Report on vaccination in Madras 1922-1929 - 1922-1929
Year: 1922
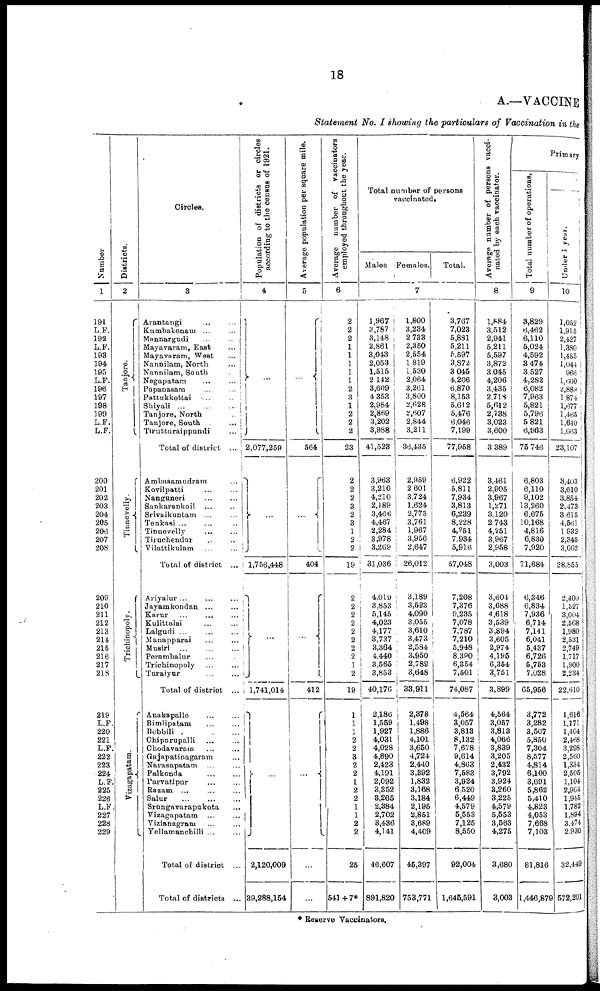
18
A.—VACCINE
Statement No. I showing the particulars of Vaccination in the
Number
1
191
L.F.
192
L.P.
193
194
195
L.F.
196
197
198
199
L.F.
L.F.
200
201
202
203
204
205
206
207
208
209
210
211
212
213
214
215
216
217
218
219
L.F.
220
221
L.F.
222
223
224
L.F.
225
226
L.F.
227
228
229
Districts.
2
Tanjore.
Tinnevelly.
Trichinopoly.
Vizagapatam.
Circles.
3
Arantangi … …
Kumbakonam ... …
Mannargudi … …
Mayavaram, East …
Mayavaram, West …
Nannilam, North
...
Nannilam, South
…
Negapatam
...
...
Papanasam
...
...
Pattukkottai … …
Shiyali ...
…
…
Tanjore, North …
Tanjore, South
...
Tirutturaippundi
...
Total of district ...
Ambasamudram …
Kovilpatti
…
…
Nanguneri
…
…
Sankarankoil … …
Srivaikuntam ...
...
Tenkasi
…
…
…
Tinnevelly
…
…
Tiruchendur … …
Vilattikulam
...
...
Total of district ...
Ariyalur ...
…
…
Jayamkondan ... …
Karur … … …
Kulittalai … …
Lalgudi ... … …
Manapparai … …
Musiri … … …
Perambalur … …
Trichinopoly
…
…
Turaiyur … …
Total of district ...
Anakapalle … …
Bimlipatam … …
Bobbili … …
Chipurupalli ... …
Chodavaram
…
…
Gajapatinagaram …
Narasapatam ... …
Palkonda
…
…
Parvatipur
…
…
Razam ... … …
Salur
…
…
…
Srungavarapukota …
Vizagapatam … …
Vizianagram … …
Yellamanchilli … …
Total of district ...
Total of districts ...
Population of districts or circles
according to the census of 1921.
4
…
2,077,259
...
1,756,448
…
1,741,014
...
2,120,009
39,288,154
Average population per square mile.
5
…
564
…
404
…
412
...
…
...
Average number of vaccinators
employed throughout the year.
6
2
2
2
1
1
1
1
1
2
3
1
2
2
2
23
2
2
2
3
2
3
1
2
2
19
2
2
2
2
2
2
2
2
1
2
19
1
1
1
2
2
3
2
2
1
2
2
1
1
2
2
25
541+7*
Total number of persons
vaccinated.
Males Females.
Total.
7
1,967
3,787
3,148
2,861
3,043
2,053
1,515
2 142
3,609
4 353
2,984
2,869
3,202
3,988
41,523
3,963
3,210
4,210
2,189
3,466
4,467
2,284
3,978
3,269
31,036
4,019
3,853
5,145
4,023
4,177
3,737
3,364
4,440
3,565
3,853
40,176
2,186
1,559
1,927
4,031
4,028
4,890
2,423
4,191
2,092
3,352
3,265
2,384
2,702
3,436
4,141
46,607
891,820
1,800
3,234
2 733
2,350
2,554
1,819
1,530
2,064
3,261
3,800
2,628
2,607
2,844
3,211
36,435
2,959
2,601
3,724
1,624
2,773
3,761
1,967
3,956
2,647
26,012
3,189
3,523
4,090
3,055
3,610
3,473
2,584
3,950
2,789
3,648
33,911
2,378
1,498
1,886
4,101
3,650
4,724
2,440
3,392
1,832
3,168
3,184
2,195
2,851
3,689
4,409
45,397
753,771
3,767
7,023
5,881
5,211
5,597
3,872
3,045
4,206
6,870
8,153
5,612
5,476
6,046
7,199
77,958
6,922
5,811
7,934
3,813
6,239
8,228
4,251
7,934
5,916
57,048
7,208
7,376
9,235
7,078
7,787
7,210
5,948
8,380
6,354
7,501
74,087
4,564
3,057
3,813
8,132
7,678
9,614
4,863
7,583
3,924
6,520
6,449
4,579
5,553
7,125
8,550
92,004
1,645,591
Average number of persons vacci-
nated by each vaccinator.
8
1,884
3,512
2,941
5,211
5,597
3,872
3,045
4,206
3,435
2,713
5,612
2,738
3,023
3,600
3,389
3,461
2,905
3,967
1,271
3,120
2,743
4,251
3,967
2,958
3,003
3,604
3,688
4,618
3,539
3,894
3,605
2,974
4,195
6,354
3,751
3,899
4,564
3,057
3,813
4,066
3,839
3,205
2,432
3,792
3,924
3,260
3,225
4,579
5,553
3,563
4,275
3,680
3,003
Primary
Total number of operations.
9
3,829
6,462
6,110
5,024
4,592
3,474
3,527
4,282
6,082
7,963
5,821
5,796
5,821
6,963
75,746
6,803
6,110
9,102
13,260
6,675
10,168
4,816
6,830
7,920
71,684
6,346
6,834
7,936
6,714
7,141
6,041
5,437
6,726
5,753
7,028
65,956
3,772
3,282
3,507
5,850
7,304
8,577
4,814
6,100
3,691
5,862
5,410
4,823
4,053
7,668
7,103
81,816
1,446,879
Under 1 year.
10
1,052
1,915
2,427
1,380
1,455
1,044
966
1,660
2,889
1,874
1,677
1,465
1,640
1,663
23,107
3,403
3,610
3,854
2,473
3.615
4,661
1932
2,345
3,062
28,855
2,400
1,527
3,004
2,568
1,980
2,531
2,749
1,717
1,900
2,234
22,610
1,616
1,171
1,404
2,468
3,298
2,560
1,334
2,505
1,104
2,964
1,945
1,782
1,894
3,474
2,930
32,449
572,201
* Reserve Vaccinators.